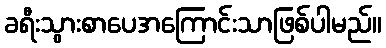
ခရီးသွားစာပေအကြောင်းသာဖြစ်ပါမည်။